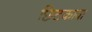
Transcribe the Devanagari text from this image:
छिटकावा